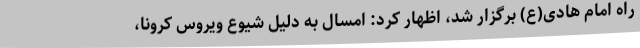
راه امام هادی(ع) برگزار شد، اظهار کرد: امسال به دلیل شیوع ویروس کرونا،